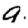
Digit: 9